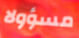
مسؤولا